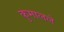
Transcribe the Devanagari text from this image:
कुमालले